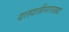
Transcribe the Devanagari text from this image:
दलदलीसारख्या